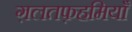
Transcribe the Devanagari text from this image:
ग़लतफ़हमियाँ